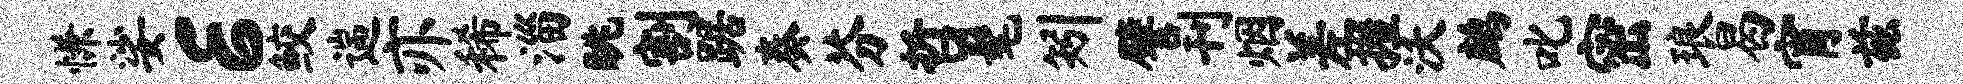
慊娑E鲛遄亦稀淄眺割踞奏芬哲髦矧譬刊烟差握沃鹧叱密琅曷宵兹